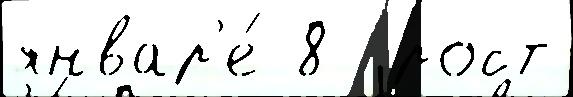
январ'е́ 8  рост